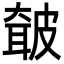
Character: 㿴